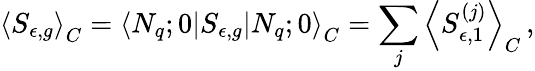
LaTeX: \left<S_{\epsilon,g}\right>_{C}=\left<N_{q};0\right|S_{\epsilon,g}\left|N_{q};0\right>_{C}=\sum_{j}\left<S_{\epsilon,1}^{(j)}\right>_{C}\, ,